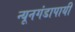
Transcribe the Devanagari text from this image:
न्यूनगंडापायी